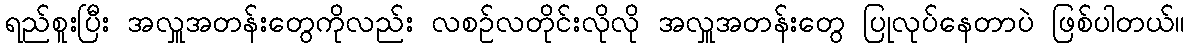
ရည်စူးပြီး အလှူအတန်းတွေကိုလည်း လစဉ်လတိုင်းလိုလို အလှူအတန်းတွေ ပြုလုပ်နေတာပဲ ဖြစ်ပါတယ်။